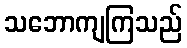
သဘောကျကြသည်